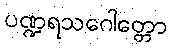
ပဏ္ဍရသဂေါတ္တော